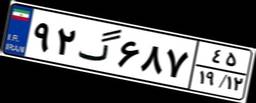
۹۲گ۶۸۷۴۵